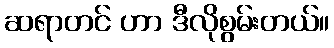
ဆရာတင် ဟာ ဒီလိုစွမ်းတယ်။